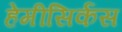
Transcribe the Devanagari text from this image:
हेमीसिर्कस